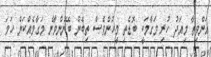
އަންވިތާ މިއަދު ހުރި މަގާމަކީ ބޮޑެތި މީހުންވެސް ތިބެން ބޭނުންވާނެ މަގާމެއްކަން ހަމަ